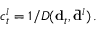
c _ { t } ^ { l } = 1 / D ( { \bf d } _ { t } , \bar { { \bf d } } ^ { l } ) \, .